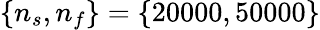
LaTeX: \{ n_{s},n_{f}\} =\{ 20000,50000\}